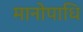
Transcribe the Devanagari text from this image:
मानोपाधि